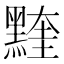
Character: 𪑭